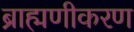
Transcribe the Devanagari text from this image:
ब्राह्मणीकरण